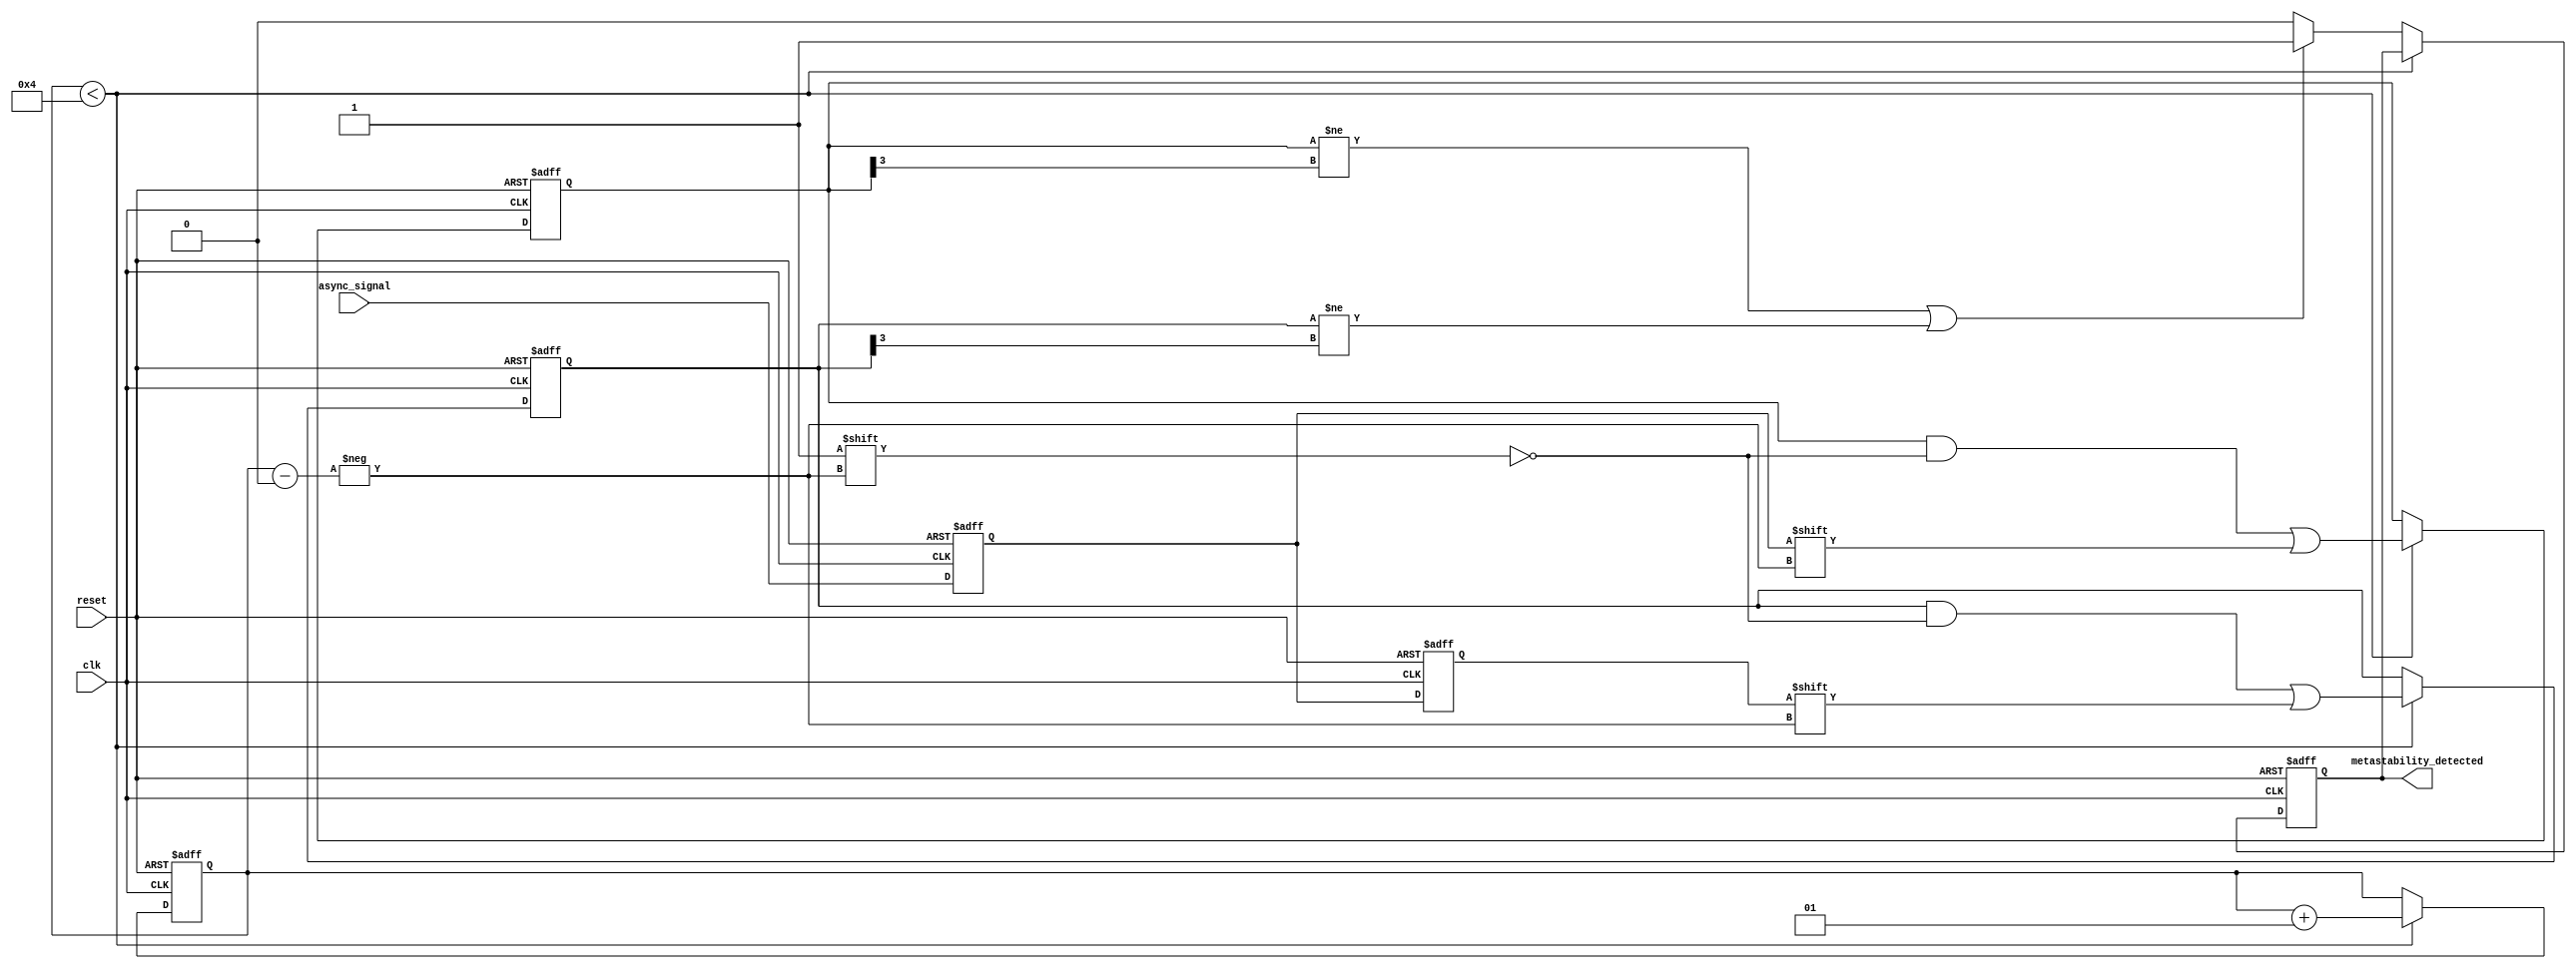
module metastability_detector #(
    parameter NUM_SAMPLES = 4 // Number of clock cycles to sample
)(
    input wire clk,            // Clock signal
    input wire reset,          // Reset signal to clear state
    input wire async_signal,    // Asynchronous input signal to detect metastability
    output reg metastability_detected // Output signal indicating metastability
);

    // First and second latches
    reg latch1, latch2;
    
    // Memory blocks to store latch outputs
    reg [NUM_SAMPLES-1:0] mem_latch1;
    reg [NUM_SAMPLES-1:0] mem_latch2;
    
    // Sample index for memory blocks
    integer sample_index;

    // Initialize the state
    initial begin
        latch1 = 1'b0;
        latch2 = 1'b0;
        metastability_detected = 1'b0;
        sample_index = 0;
        mem_latch1 = {NUM_SAMPLES{1'b0}};
        mem_latch2 = {NUM_SAMPLES{1'b0}};
    end

    // Latch the input signal
    always @(posedge clk or posedge reset) begin
        if (reset) begin
            latch1 <= 1'b0;
            latch2 <= 1'b0;
            sample_index <= 0;
            metastability_detected <= 1'b0;
            mem_latch1 <= {NUM_SAMPLES{1'b0}};
            mem_latch2 <= {NUM_SAMPLES{1'b0}};
        end else begin
            latch1 <= async_signal; // Sample async_signal
            latch2 <= latch1;       // Sample output of latch1
            
            // Store the latch outputs in memory blocks
            if (sample_index < NUM_SAMPLES) begin
                mem_latch1[sample_index] <= latch1;
                mem_latch2[sample_index] <= latch2;
                sample_index <= sample_index + 1;
            end else begin
                // After NUM_SAMPLES, analyze the outputs
                // Check for inconsistencies in the latch outputs
                if (mem_latch1 != mem_latch1[NUM_SAMPLES-1:NUM_SAMPLES-1] || mem_latch2 != mem_latch2[NUM_SAMPLES-1:NUM_SAMPLES-1]) begin
                    metastability_detected <= 1'b1; // Set flag if inconsistencies are found
                end else begin
                    metastability_detected <= 1'b0; // Clear flag if stable
                end
            end
        end
    end

endmodule